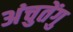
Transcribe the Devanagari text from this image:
अंचुतेंगु